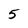
Character: 5